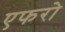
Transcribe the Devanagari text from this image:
एफरो